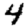
Digit: 4